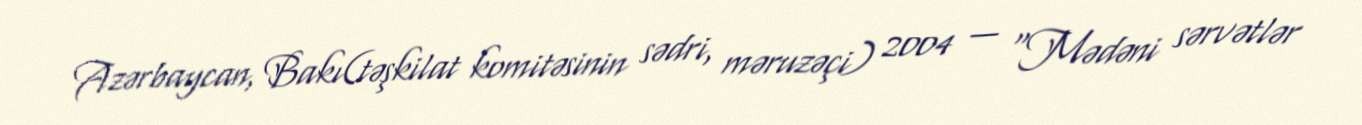
Azərbaycan, Bakı(təşkilat komitəsinin sədri, məruzəçi) 2004 — "Mədəni sərvətlər